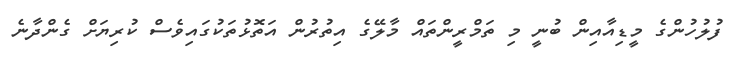
ފުލުހުންގެ މީޑިއާއިން ބުނީ މި ތަމްރީންތައް މާލޭގެ އިތުރުން އަތޮޅުތަކުގައިވެސް ކުރިޔަށް ގެންދާނެ